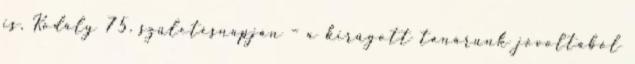
is, Kodály 75. születésnapján – a kirúgott tanárunk jóvoltából